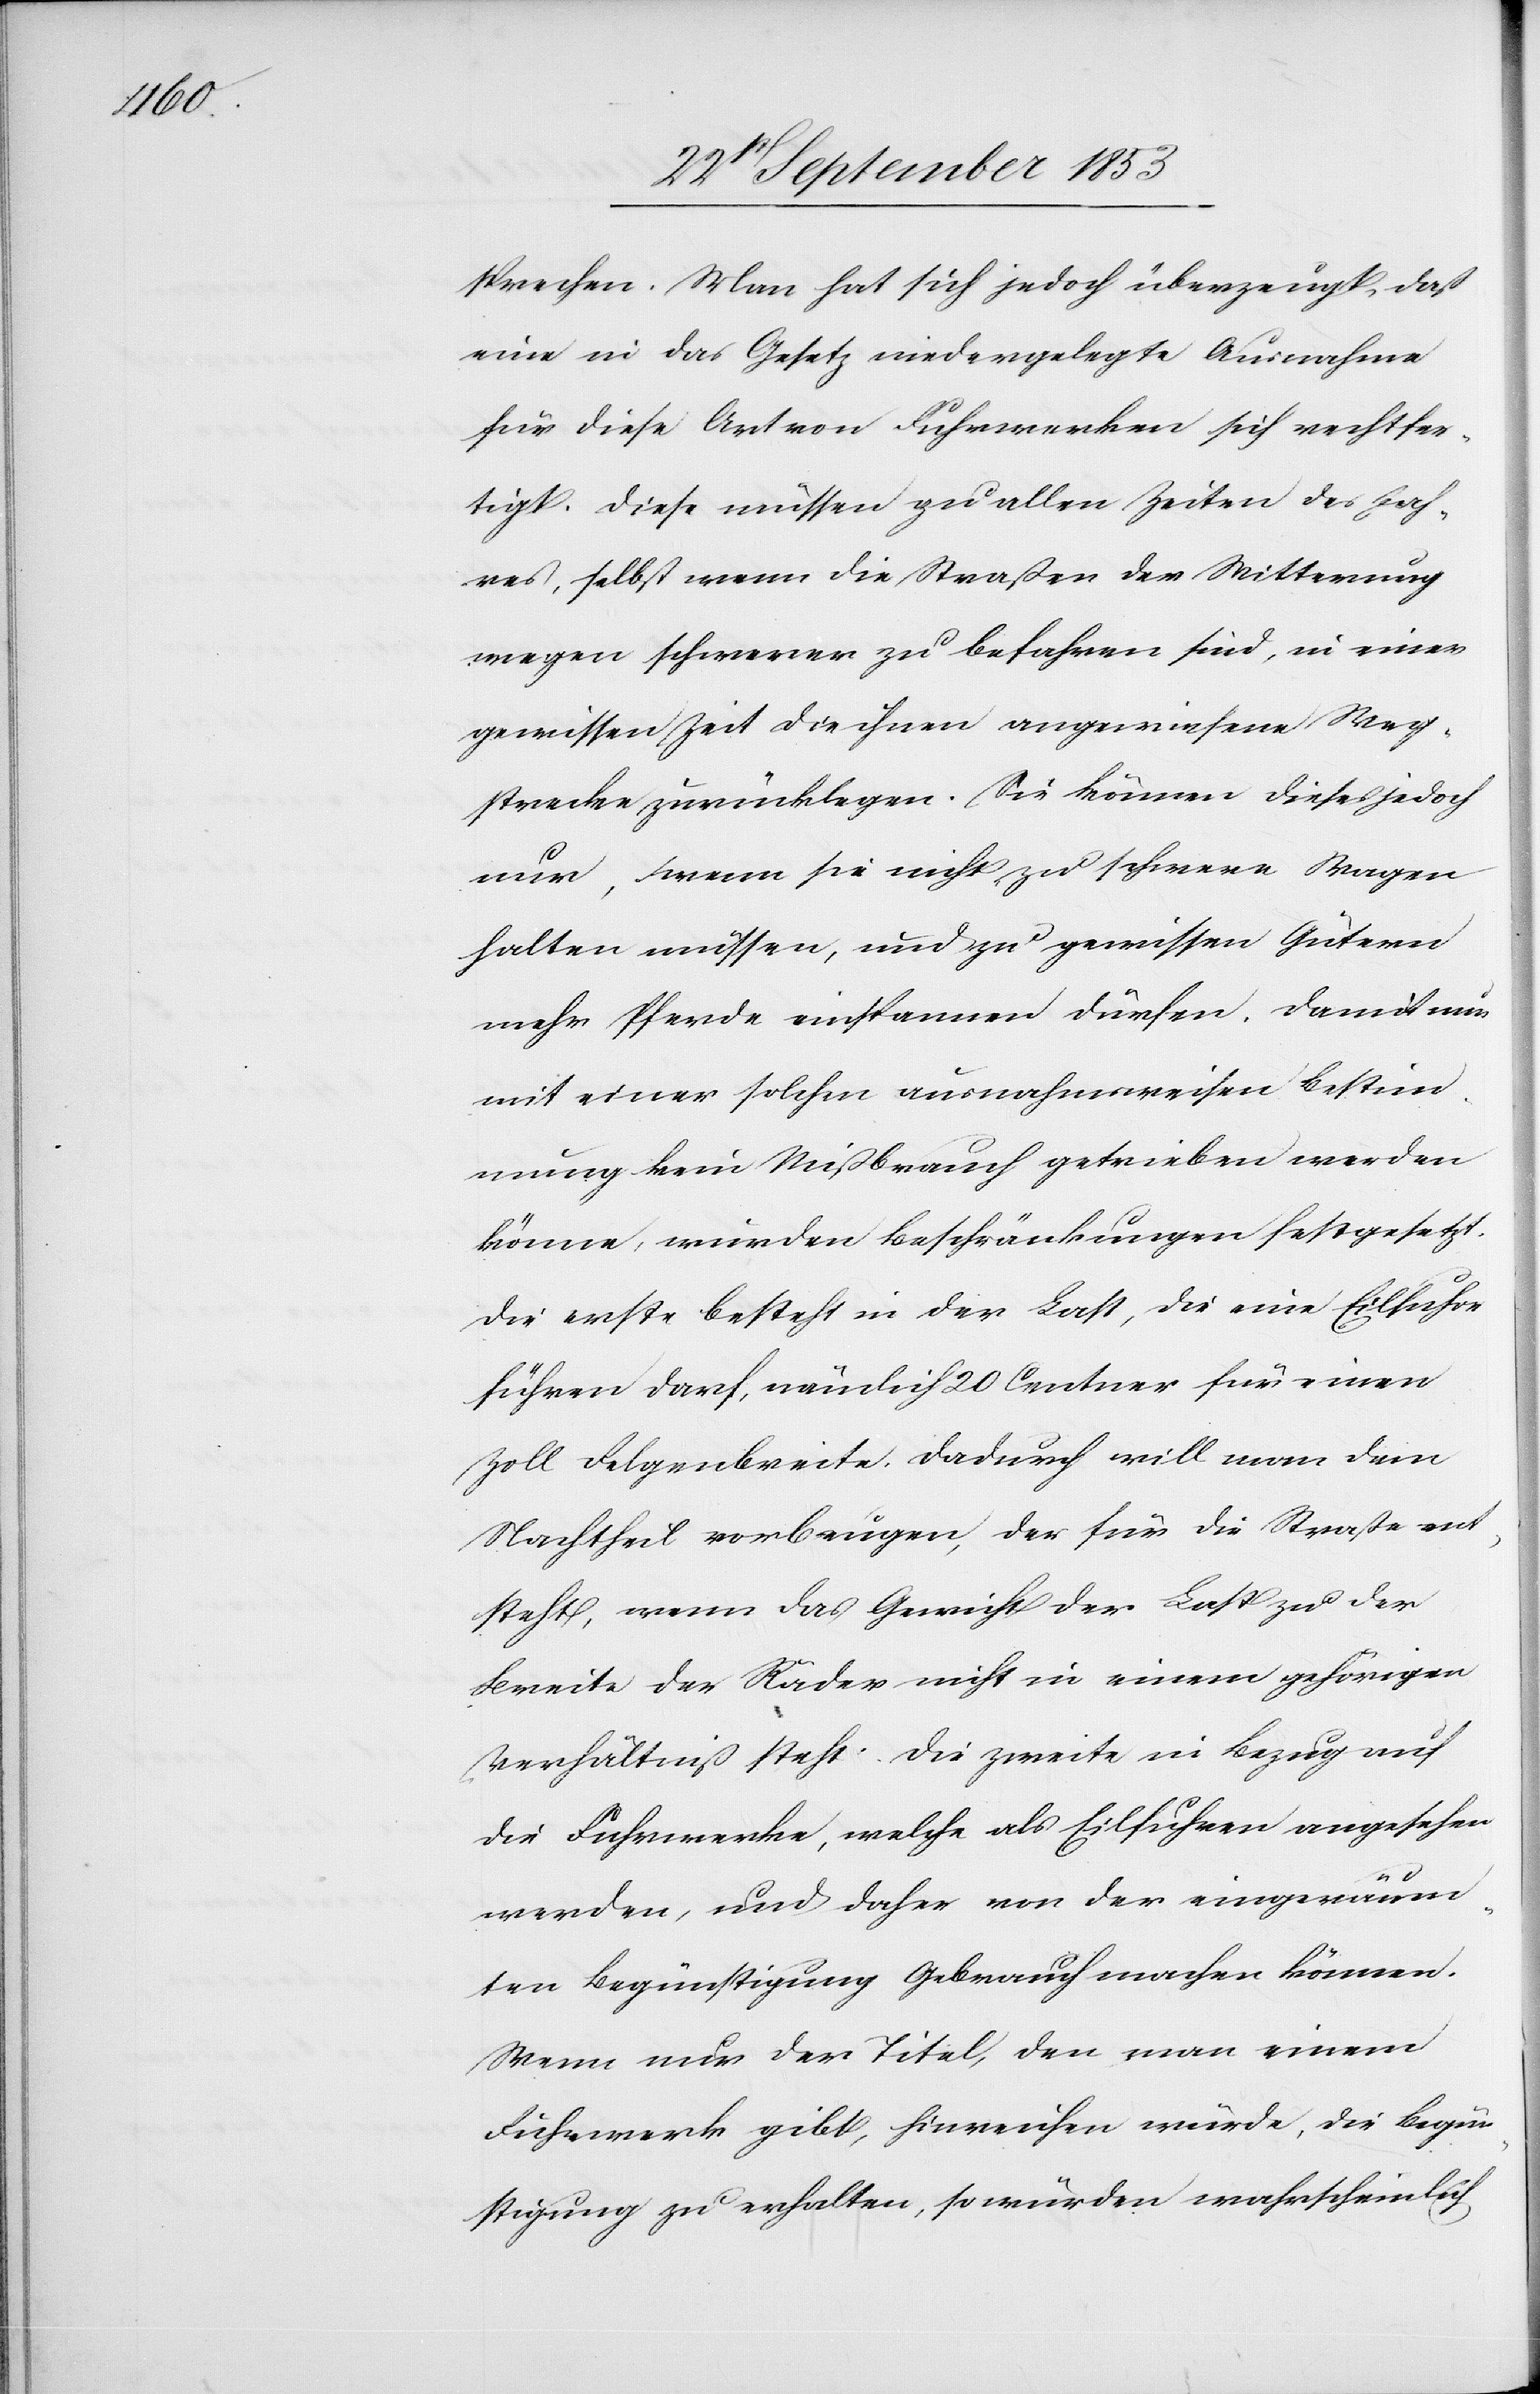
sprechen. Man hat sich jedoch überzeugt, daß
eine in das Gesetz niedergelegte Ausnahme
für diese Art von Fuhrwerken sich rechtfer¬
tigt. Diese müssen zu allen Zeiten des Jah¬
res, selbst wenn die Straßen der Witterung
wegen schwerer zu befahren sind, in einer
gewissen Zeit die ihnen angewiesene Weg¬
strecke zurücklegen. Sie können dieses jedoch
nur, wenn sie nicht zu schwere Wagen
halten müssen, und zu gewissen Gütern
mehr Pferde einspannen dürfen. Damit nun
mit einer solchen ausnahmsweisen Bestim¬
mung kein Mißbrauch getrieben werden
könne, wurden Beschränkungen festgesetzt.
Die erste besteht in der Last, die eine Eilfuhr
führen darf, nämlich 20 Centner für einen
Zoll Felgenbreite. Dadurch will man dem
Nachtheil vorbeugen, der für die Straße ent¬
steht, wenn das Gewicht der Last zu der
Breite der Räder nicht in einem gehörigen
Verhältniß steht. Die zweite in Bezug auf
die Fuhrwerke, welche als Eilfuhren angesehen
werden, und daher von der eingeräum¬
ten Begünstigung Gebrauch machen können.
Wenn nur der Titel, den man einem
Fuhrwerke gibt, hinreichen würde, die Begün¬
stigung zu erhalten, so würden wahrscheinlich